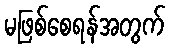
မဖြစ်စေရန်အတွက်